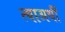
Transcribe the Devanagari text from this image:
त्याअर्थीं